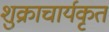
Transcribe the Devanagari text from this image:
शुक्राचार्यकृत